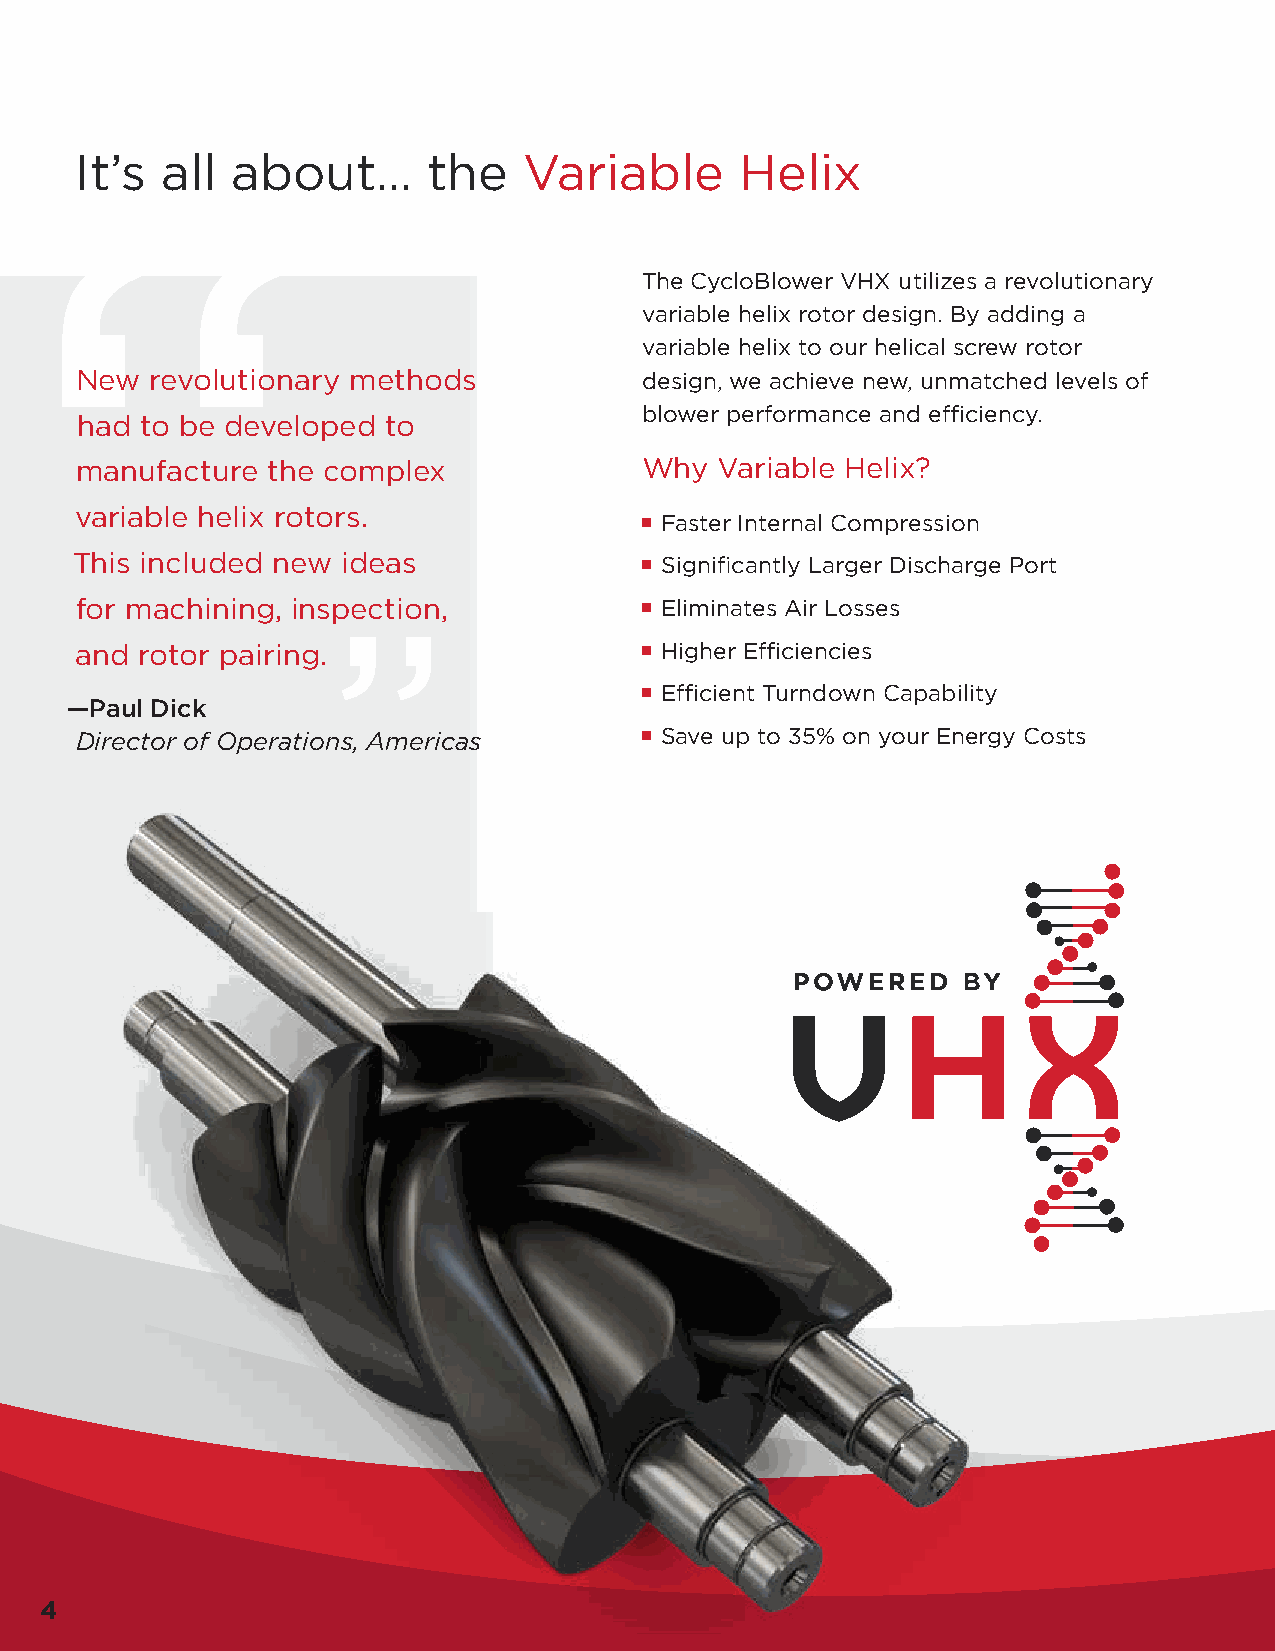
It’s  all about…       the    Variable      Helix
 “
 The CycloBlower VHX utilizes a revolutionary
 variable helix rotor design. By adding a
 variable helix to our helical screw rotor
 New  revolutionary methods            design, we achieve new, unmatched levels of
 blower performance and efficiency.
 had to be developed to
 manufacture  the complex              Why  Variable Helix?
 variable helix rotors.
 ■ Faster Internal Compression
 This included new ideas               ■ Significantly Larger Discharge Port
 for machining, inspection,            ■ Eliminates Air Losses
 ”
 and rotor pairing.                    ■ Higher Efficiencies
 ■ Efficient Turndown Capability
 —Paul Dick
 Director of Operations, Americas      ■ Save up to 35% on your Energy Costs
 4